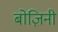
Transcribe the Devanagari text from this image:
बोज़िनी